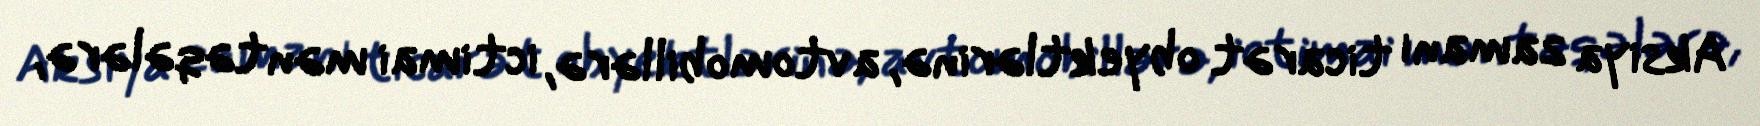
Aksiya zamanı ticarət obyektlərinə, avtomobillərə, ictimai məntəqələrə,